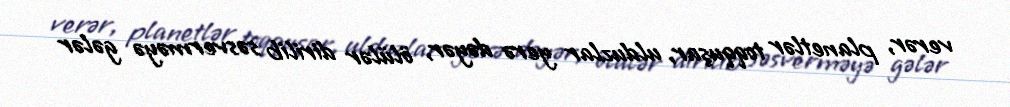
verər, planetlər toqquşar, ulduzlar yerə dəyər, ölülər dirilib səsverməyə gələr